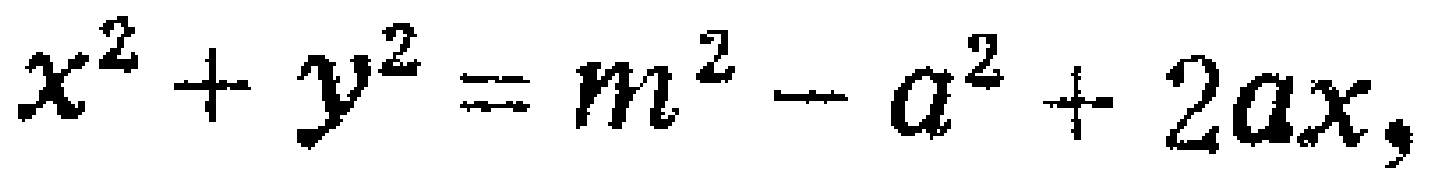
$x^{2}+y^{2}=m^{2}-a^{2}+2ax,$